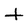
Character: t